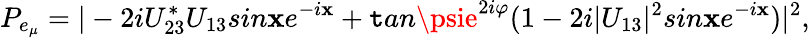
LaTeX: P_{e_{\mu}}=|-2iU_{23}^{*}U_{13}sin\mathbf{x}e^{-i\mathbf{x}}+\mathtt{t}an\psie^{2i\varphi}(1-2i|U_{13}|^{2}sin\mathbf{x}e^{-i\mathbf{x}})|^{2},